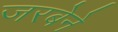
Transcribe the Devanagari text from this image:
जरबेने